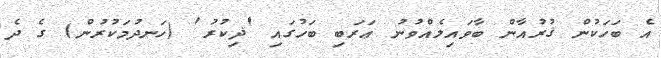
އެ ބަހަކުން ޤުރުއާން ބާވައިލެއްވުނު ޢަރަބި ބަހުގައި 'ޛިކުރު' (ހަނދުމަކުރުން) ގެ ދެ